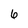
Character: 6